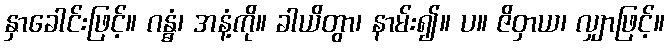
နှာခေါင်းဖြင့်။ ဂန္ဓံ၊ အနံ့ကို။ ခာယိတွာ၊ နာမ်း၍။ ပ။ ဇိဝှာယ၊ လျှာဖြင့်။